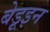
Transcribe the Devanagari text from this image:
बेडूइन